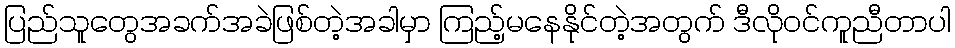
ပြည်သူတွေအခက်အခဲဖြစ်တဲ့အခါမှာ ကြည့်မနေနိုင်တဲ့အတွက် ဒီလိုဝင်ကူညီတာပါ